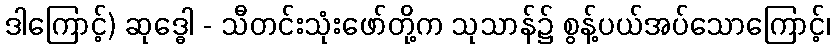
ဒါကြောင့်) ဆုဒ္ဓေါ - သီတင်းသုံးဖော်တို့က သုသာန်၌ စွန့်ပယ်အပ်သောကြောင့်၊